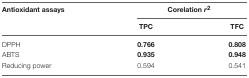
<table><thead><tr><td><b>Antioxidant assays</b></td><td colspan="2"><b>Corelation<i>r</i><sup>2</sup></b></td></tr><tr><td></td><td><b>TPC</b></td><td><b>TFC</b></td></tr></thead><tbody><tr><td>DPPH</td><td><b>0.766</b></td><td><b>0.808</b></td></tr><tr><td>ABTS</td><td><b>0.935</b></td><td><b>0.948</b></td></tr><tr><td>Reducing power</td><td>0.594</td><td>0.541</td></tr></tbody></table>